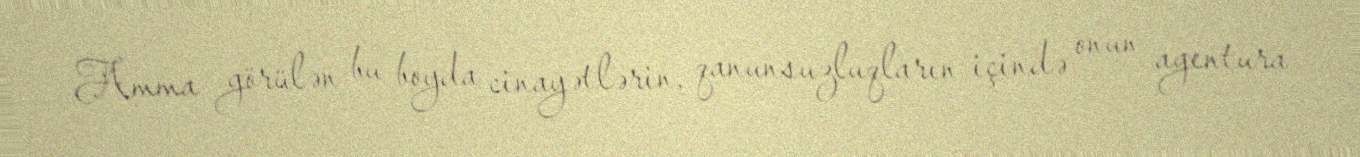
Amma görülən bu boyda cinayətlərin, qanunsuzluqların içində onun agentura